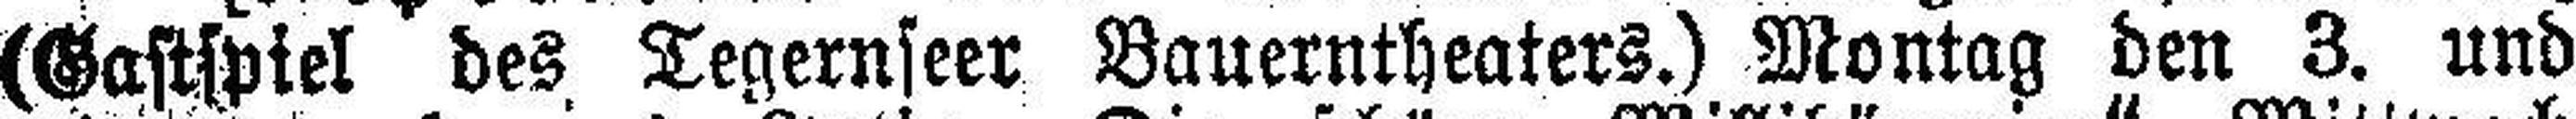
(Gastspiel des Tegernseer Bauerntheaters.) Montag den 3. und